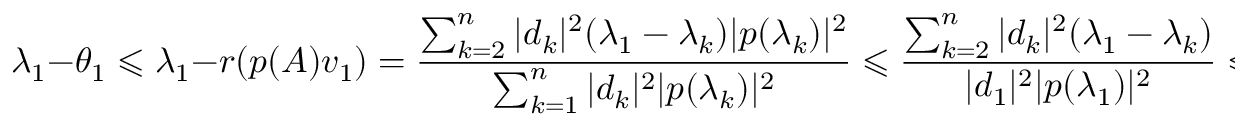
\lambda _ { 1 } - \theta _ { 1 } \leqslant \lambda _ { 1 } - r ( p ( A ) v _ { 1 } ) = { \frac { \sum _ { k = 2 } ^ { n } | d _ { k } | ^ { 2 } ( \lambda _ { 1 } - \lambda _ { k } ) | p ( \lambda _ { k } ) | ^ { 2 } } { \sum _ { k = 1 } ^ { n } | d _ { k } | ^ { 2 } | p ( \lambda _ { k } ) | ^ { 2 } } } \leqslant { \frac { \sum _ { k = 2 } ^ { n } | d _ { k } | ^ { 2 } ( \lambda _ { 1 } - \lambda _ { k } ) } { | d _ { 1 } | ^ { 2 } | p ( \lambda _ { 1 } ) | ^ { 2 } } } \leqslant { \frac { ( \lambda _ { 1 } - \lambda _ { n } ) \sum _ { k = 2 } ^ { n } | d _ { k } | ^ { 2 } } { | p ( \lambda _ { 1 } ) | ^ { 2 } | d _ { 1 } | ^ { 2 } } } .